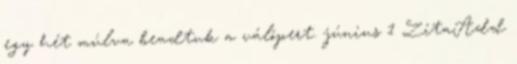
egy hét múlva beadtuk a válópert. június 1 ZitaAdd